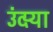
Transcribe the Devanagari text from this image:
उंदर्‍या